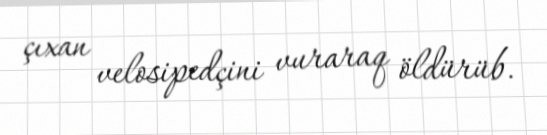
çıxan velosipedçini vuraraq öldürüb.